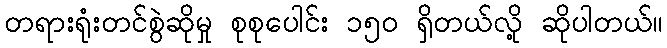
တရားရုံးတင်စွဲဆိုမှု စုစုပေါင်း ၁၅ဝ ရှိတယ်လို့ ဆိုပါတယ်။